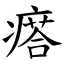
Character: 瘩